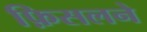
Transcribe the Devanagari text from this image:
फ़िसलने